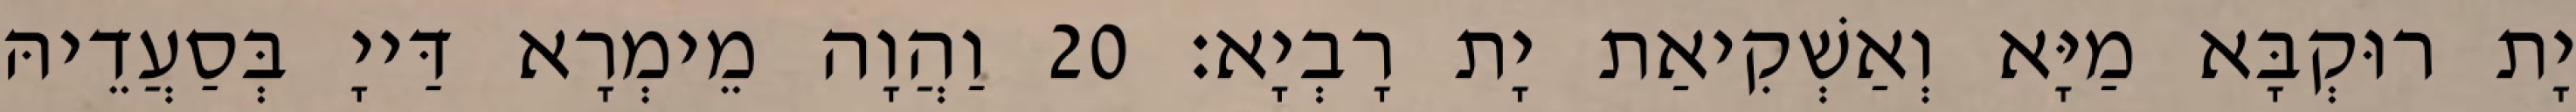
יָת רוּקְבָּא מַיָּא וְאַשְׁקִיאַת יָת רָבְיָא׃ 20 וַהֲוָה מֵימְרָא דַּייָ בְּסַעֲדֵיהּ